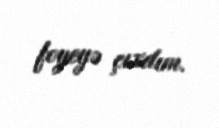
foyeyə çıxdım.